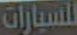
للسيارات